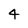
Character: 4